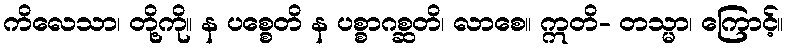
ကိလေသာ၊ တို့ကို။ န ပစ္စေတိ န ပစ္စာဂစ္ဆတိ၊ လာစေ။ ဣတိ- တသ္မာ၊ ကြောင့်။